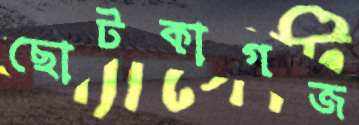
ছোটকাগজ